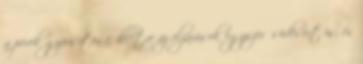
a perek gyorsítása, illetve az eljárások egyszerűsödésért is, és